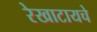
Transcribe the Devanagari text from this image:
रेखाटायचे